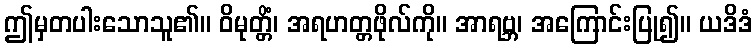
ဤမှတပါးသောသူ၏။ ဝိမုတ္တိံ၊ အရဟတ္တဖိုလ်ကို။ အာရဗ္ဘ၊ အကြောင်းပြု၍။ ယဒိဒံ